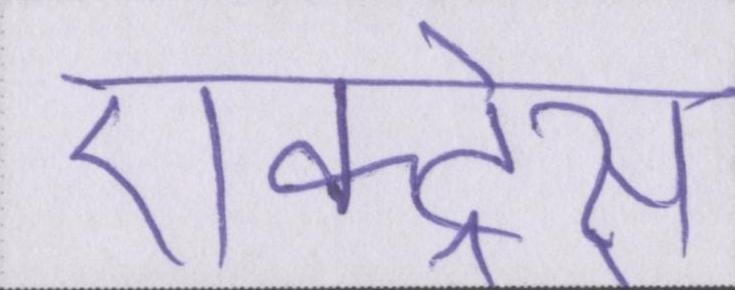
ऐक्ट्रेस